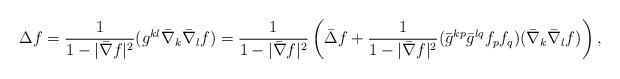
LaTeX: \begin{align*}\Delta f=\frac{1}{1-|\bar{\nabla} f|^2}(g^{kl}\bar{\nabla}_k\bar{\nabla}_l f)=\frac{1}{1-|\bar{\nabla} f|^2}\left(\bar{\Delta} f+\frac{1}{{1-|\bar{\nabla} f|^2}}(\bar{g}^{kp}\bar{g}^{lq} f_p f_q)(\bar{\nabla}_k\bar{\nabla}_l f)\right),\end{align*}